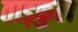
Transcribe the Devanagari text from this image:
ताड़कुल